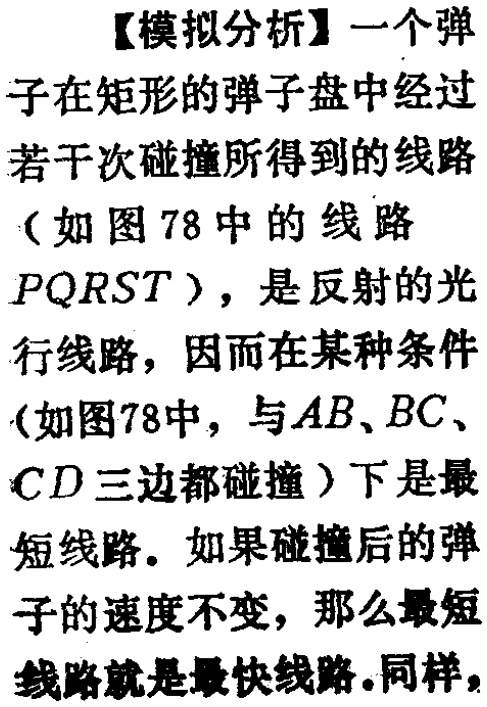
33. 设\(\triangle ABC\)是等腰三角形，\(P\)是底边\(BC\)上的任意一点，用解析几何方法证明\(P\)与二腰距离的和必为定值。